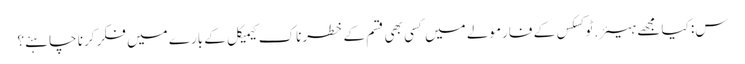
س: کیا مجھے ہیئر.ٹوکسکس کے فارمولے میں کسی بھی قسم کے خطرناک کیمیکل کے بارے میں فکر کرنا چاہئے؟